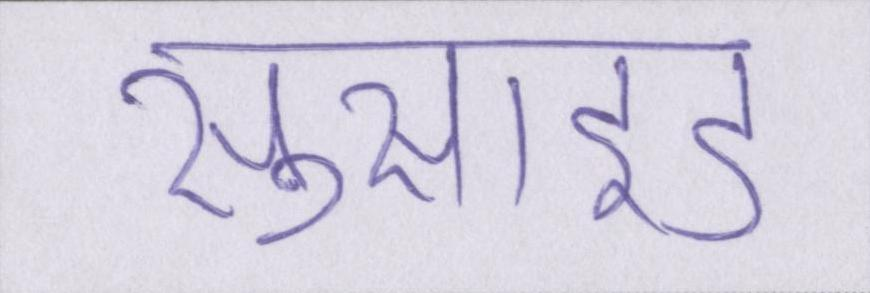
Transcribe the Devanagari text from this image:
सुसाइड